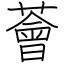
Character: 薈